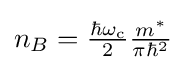
{\textstyle n_{B}={\frac {\hbar \omega _{\rm {c}}}{2}}{\frac {m^{*}}{\pi \hbar ^{2}}}}